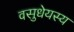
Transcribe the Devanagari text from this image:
वसुधेयस्य